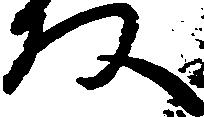
な